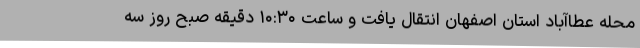
محله عطاآباد استان اصفهان انتقال یافت و ساعت ۱۰:۳۰ دقیقه صبح روز سه